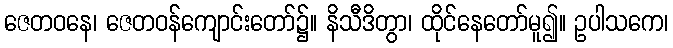
ဇေတဝနေ၊ ဇေတဝန်ကျောင်းတော်၌။ နိသီဒိတွာ၊ ထိုင်နေတော်မူ၍။ ဥပါသကေ၊